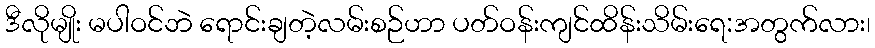
ဒီလိုမျိုး မပါဝင်ဘဲ ရောင်းချတဲ့လမ်းစဉ်ဟာ ပတ်ဝန်းကျင်ထိန်းသိမ်းရေ:အတွက်လား၊